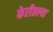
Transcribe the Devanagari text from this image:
फेरीतल्या